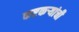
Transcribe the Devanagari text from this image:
कष्टकऱ्यांची